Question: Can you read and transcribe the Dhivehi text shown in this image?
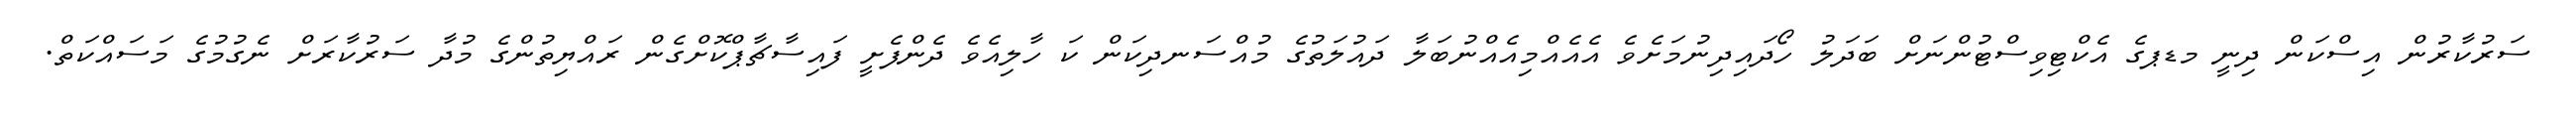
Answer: ސަރުކާރުން އިސްކަން ދިނީ މޑޕގެ އެކްޓިވިސްޓުންނަށް ބަދަލު ހޯދައިދިނުމަށެވެ އެއެއްމިއެއްނުބަލާ ދައުލަތުގެ މުއްސަނދިކަން ކަ ހާލިއެވެ ދެންފެށީ ފައިސާޗާޕްކޮށްގެން ރައްޔިތުންގެ މުދާ ސަރުކާރަށް ނެގުމުގެ މަސައްކަތް.